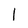
Character: 1